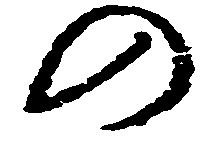
の